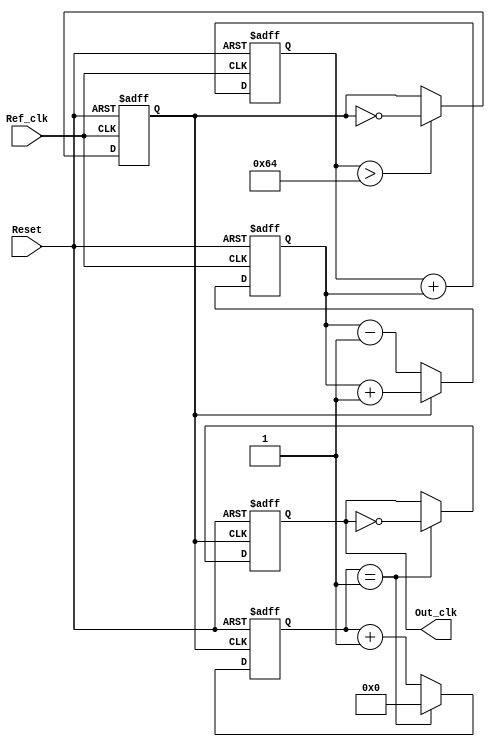
module PLL (
    input wire Ref_clk,        // Reference clock input
    input wire Reset,          // Asynchronous reset
    output reg Out_clk         // Output clock
);

// Parameters for VCO and divider
parameter VCO_MAX_FREQ = 100; // Max frequency for VCO
parameter DIV_FACTOR = 2;      // Division factor for output clock

// Internal signals
reg [7:0] phase_error;          // Phase error signal
reg [7:0] control_voltage;      // Control voltage for VCO
reg vco_clk;                    // VCO clock signal
reg [3:0] counter;              // Counter for output divider

// Phase Detector (PD)
always @(posedge Ref_clk or posedge Reset) begin
    if (Reset) begin
        phase_error <= 0;
    end else begin
        // Simple phase comparison logic
        if (vco_clk) begin
            phase_error <= phase_error + 1; // Output clock is leading
        end else begin
            phase_error <= phase_error - 1; // Output clock is lagging
        end
    end
end

// Loop Filter
always @(posedge Ref_clk or posedge Reset) begin
    if (Reset) begin
        control_voltage <= 0;
    end else begin
        // Simple first-order loop filter (proportional control)
        control_voltage <= control_voltage + phase_error[7:0]; // Adjust control voltage
    end
end

// Voltage-Controlled Oscillator (VCO)
always @(posedge Ref_clk or posedge Reset) begin
    if (Reset) begin
        vco_clk <= 0;
    end else begin
        // Control VCO frequency based on control voltage
        if (control_voltage > VCO_MAX_FREQ) begin
            vco_clk <= ~vco_clk; // Toggle VCO clock
        end
    end
end

// Output Divider
always @(posedge vco_clk or posedge Reset) begin
    if (Reset) begin
        counter <= 0;
        Out_clk <= 0;
    end else begin
        if (counter == (DIV_FACTOR - 1)) begin
            Out_clk <= ~Out_clk; // Toggle output clock
            counter <= 0;        // Reset counter
        end else begin
            counter <= counter + 1; // Increment counter
        end
    end
end

endmodule